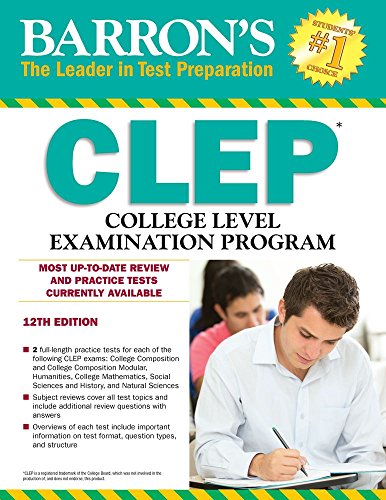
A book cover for Barron's CLEP, 12th Edition; Willam Doster; Test Preparation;